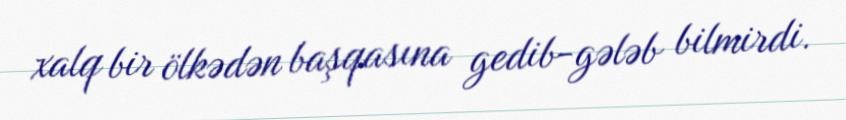
xalq bir ölkədən başqasına gedib-gələb bilmirdi.